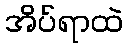
အိပ်ရာထဲ